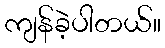
ကျန်ခဲ့ပါတယ်။